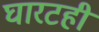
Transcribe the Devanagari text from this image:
घारटही